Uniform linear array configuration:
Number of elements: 48
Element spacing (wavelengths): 0.25
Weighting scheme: uniform
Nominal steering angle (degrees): -15
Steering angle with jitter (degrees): -15.418
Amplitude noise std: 0.05
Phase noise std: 0.05

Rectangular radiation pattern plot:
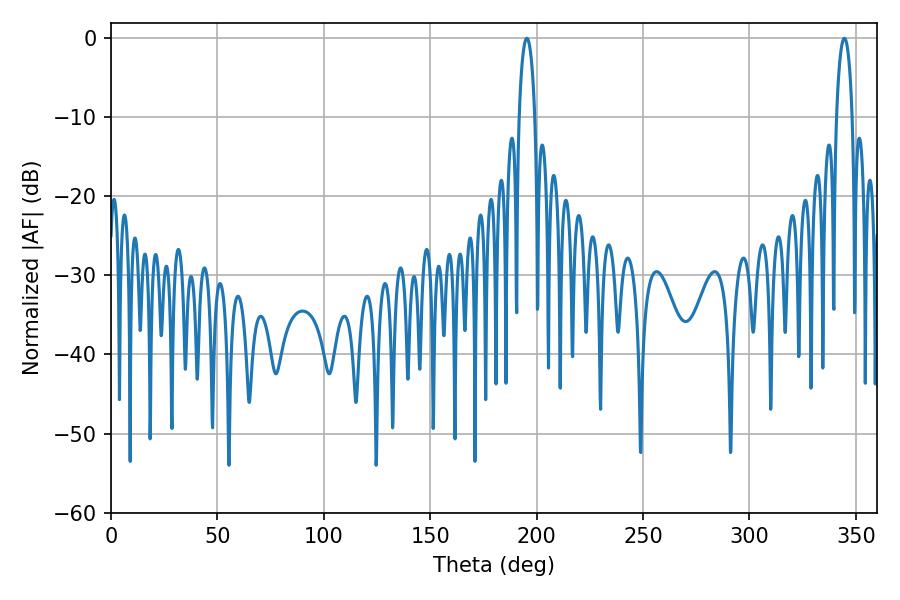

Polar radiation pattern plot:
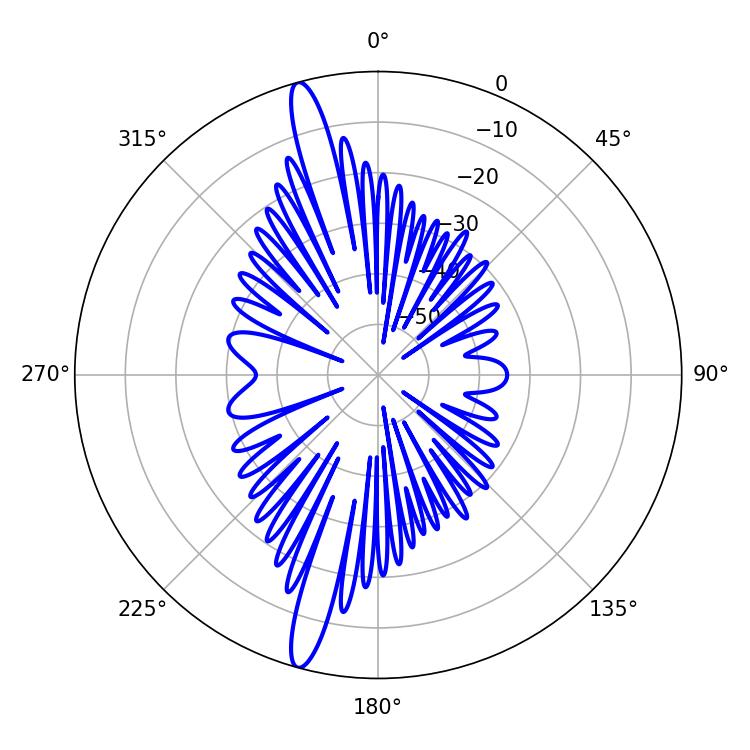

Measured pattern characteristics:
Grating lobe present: FALSE
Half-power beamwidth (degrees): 4.14
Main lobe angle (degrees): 195.48